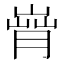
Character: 𦞄